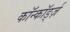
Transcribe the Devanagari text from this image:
कॉन्कॉर्ड्ज़